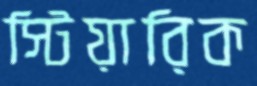
স্টিয়ারিক